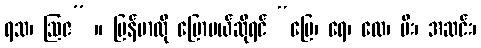
ရသ၊ ဩဇ” ။ မြန်မာလို ပြောမယ်ဆိုရင် “မြေ၊ ရေ၊ လေ၊ မီး၊ အဆင်း၊